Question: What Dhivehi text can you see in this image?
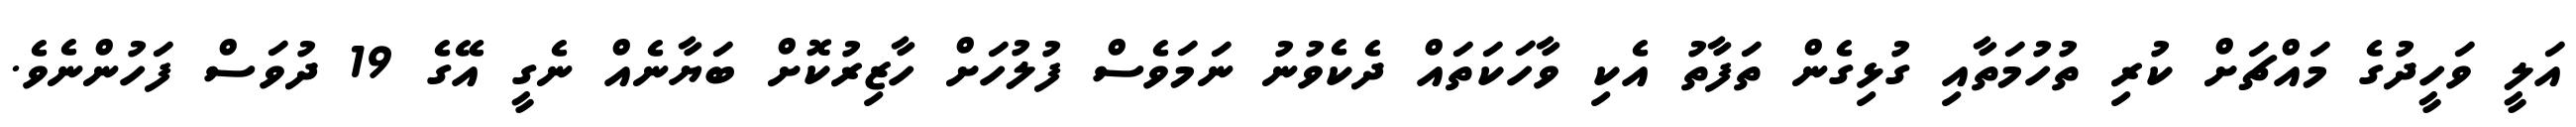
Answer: އަލީ ވަހީދުގެ މައްޗަށް ކުރި ތުހުމަތާއި ގުޅިގެން ތަފާތު އެކި ވާހަކަތައް ދެކެވުނު ނަމަވެސް ފުލުހަށް ހާޒިރުކޮށް ބަޔާނެއް ނެގީ އޭގެ 19 ދުވަސް ފަހުންނެވެ.